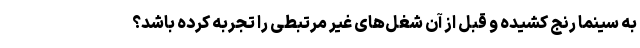
به سینما رنج کشیده و قبل از آن شغل‌های غیر مرتبطی را تجربه کرده‌ باشد؟